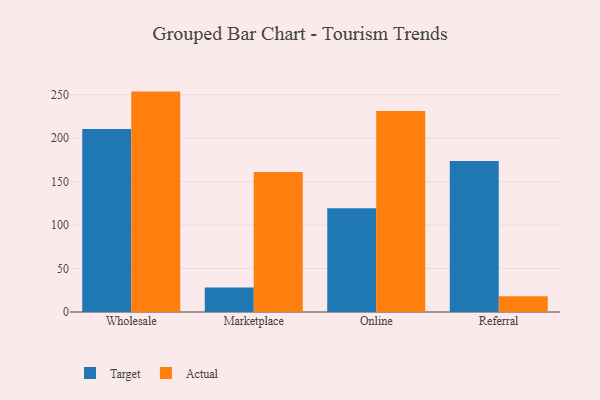
{"axis": {"x": "Channel", "y": "Energy Usage (MWh)"}, "legend": ["Actual", "Target"], "data": [{"x": "Wholesale", "y": 210.4, "type": "Target"}, {"x": "Wholesale", "y": 253.5, "type": "Actual"}, {"x": "Marketplace", "y": 28.3, "type": "Target"}, {"x": "Marketplace", "y": 160.9, "type": "Actual"}, {"x": "Online", "y": 119.2, "type": "Target"}, {"x": "Online", "y": 231.2, "type": "Actual"}, {"x": "Referral", "y": 173.8, "type": "Target"}, {"x": "Referral", "y": 18.1, "type": "Actual"}]}